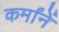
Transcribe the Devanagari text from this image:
कर्मांनें